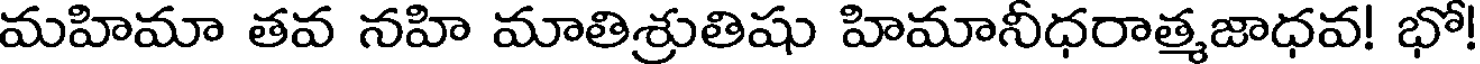
మహిమా తవ నహి మాతిశ్రుతిషు హిమానీధరాత్మజాధవ! భో